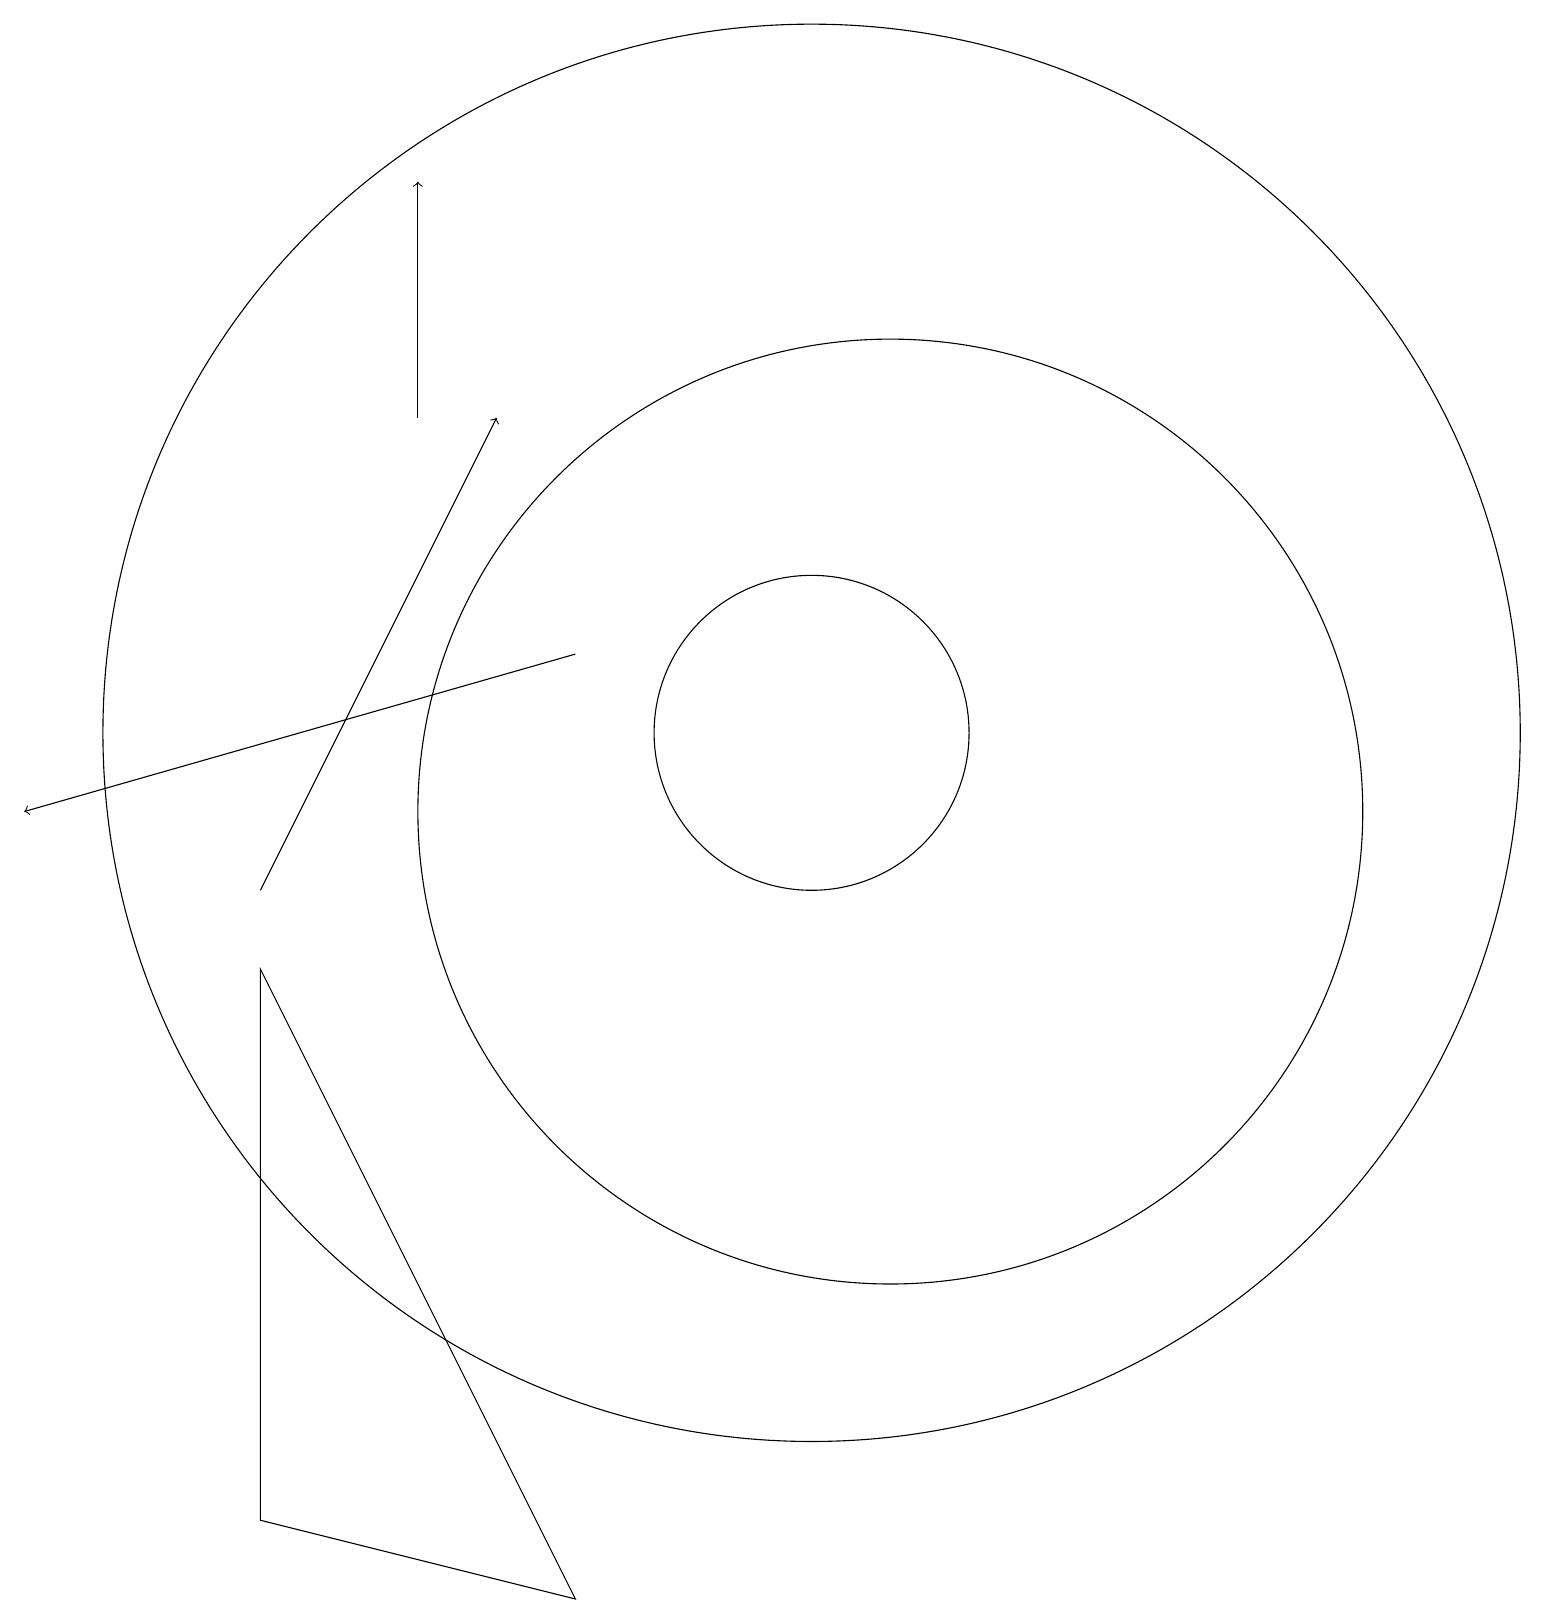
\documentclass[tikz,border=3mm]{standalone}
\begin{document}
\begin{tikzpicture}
\draw (11,11) circle (6);
\draw (10,12) circle (2);
\draw[->] (7,13) -- (0,11);
\draw (10,12) circle (9);
\draw[->] (3,10) -- (6,16);
\draw[->] (5,16) -- (5,19);
\draw (3,2) -- (7,1) -- (3,9) -- cycle;
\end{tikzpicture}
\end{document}